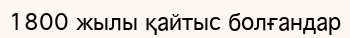
1800 жылы қайтыс болғандар